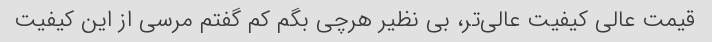
قیمت عالی کیفیت عالی‌تر، بی نظیر هرچی بگم کم گفتم مرسی از این کیفیت